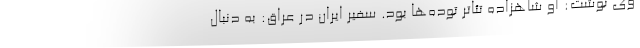
وی نوشت: او شاهزاده تئاتر توده‌ها بود. سفیر ایران در عراق: به دنبال